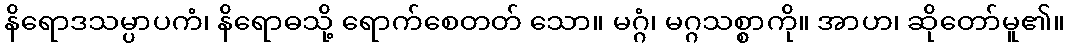
နိရောဒသမ္ပာပကံ၊ နိရောဓသို့ ရောက်စေတတ် သော။ မဂ္ဂံ၊ မဂ္ဂသစ္စာကို။ အာဟ၊ ဆိုတော်မူ၏။